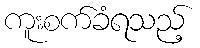
ကူးစက်ခံရသည့်